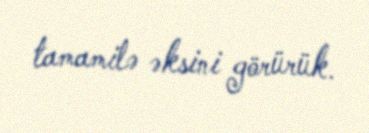
tamamilə əksini görürük.